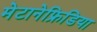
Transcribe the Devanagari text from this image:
मेटानेफ्रिडिया